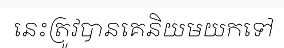
នេះត្រូវបានគេនិយមយកទៅ